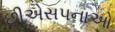
છીએસપનાઓ